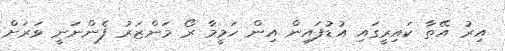
އިރު އޭތާ ކައިރީގައި އުޑުފައިން އިން ހަމީމާ ރޯ މަންޒަރު ފެންނަނީ ވަރަށް